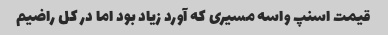
قیمت اسنپ واسه مسیری که آورد زیاد بود اما در کل راضیم